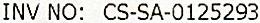
INV NO: CS-SA-0125293